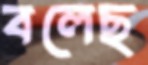
বলেছ